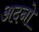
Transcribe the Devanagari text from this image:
अदनो